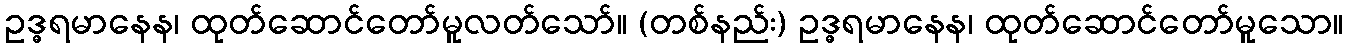
ဥဒ္ဓရမာနေန၊ ထုတ်ဆောင်တော်မူလတ်သော်။ (တစ်နည်း) ဥဒ္ဓရမာနေန၊ ထုတ်ဆောင်တော်မူသော။